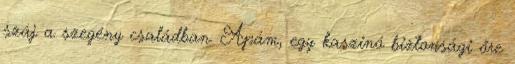
száj a szegény családban. Apám, egy kaszinó biztonsági őre